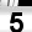
Digit: 5